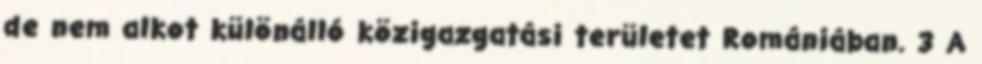
de nem alkot különálló közigazgatási területet Romániában. 3 A